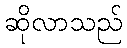
ဆိုလာသည်